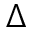
\Delta